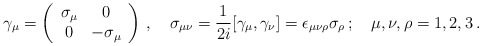
\begin{align*}\gamma_{\mu}=\left(\begin{array}{cc}\sigma_{\mu}&0\\0&-\sigma_{\mu}\end{array}\right)\,,\quad\sigma_{\mu\nu}={1\over2i}[\gamma_{\mu},\gamma_{\nu}]=\epsilon_{\mu\nu\rho}\sigma_{\rho}\,;\quad\mu,\nu,\rho=1,2,3\,.\end{align*}